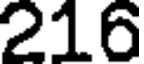
216